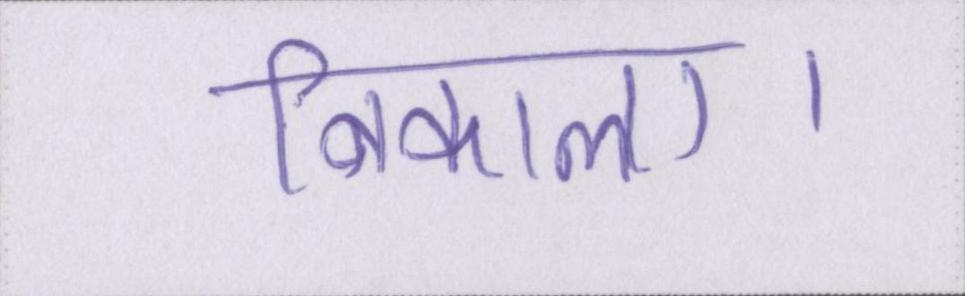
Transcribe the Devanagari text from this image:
निकाला।